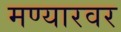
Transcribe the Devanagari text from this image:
मण्यारवर